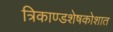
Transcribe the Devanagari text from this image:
त्रिकाण्डशेषकोशात